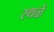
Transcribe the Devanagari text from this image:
स्थळें